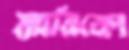
ম্যারিকো